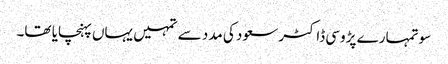
سو تمہارے پڑوسی ڈاکٹر سعود کی مدد سے تمہیں یہاں پہنچایا تھا۔